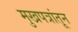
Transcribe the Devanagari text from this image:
मुखपत्रांतून